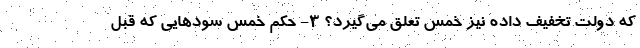
که دولت تخفیف داده نیز خمس تعلق می‌گیرد؟ ۳- حکم خمسِ سودهایی که قبل